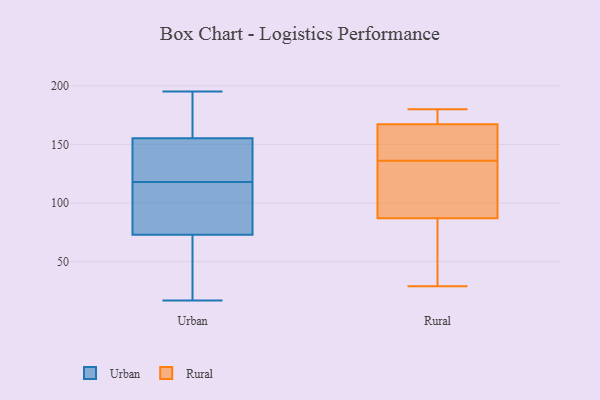
{"axis": {"x": "Net Income (USD K)", "y": "Value"}, "legend": ["Rural", "Urban"], "data": [{"x": "", "y": 136, "type": "Urban"}, {"x": "", "y": 153, "type": "Urban"}, {"x": "", "y": 17, "type": "Urban"}, {"x": "", "y": 96, "type": "Urban"}, {"x": "", "y": 91, "type": "Urban"}, {"x": "", "y": 62, "type": "Urban"}, {"x": "", "y": 71, "type": "Urban"}, {"x": "", "y": 79, "type": "Urban"}, {"x": "", "y": 167, "type": "Urban"}, {"x": "", "y": 117, "type": "Urban"}, {"x": "", "y": 58, "type": "Urban"}, {"x": "", "y": 195, "type": "Urban"}, {"x": "", "y": 152, "type": "Urban"}, {"x": "", "y": 26, "type": "Urban"}, {"x": "", "y": 156, "type": "Urban"}, {"x": "", "y": 169, "type": "Urban"}, {"x": "", "y": 139, "type": "Urban"}, {"x": "", "y": 190, "type": "Urban"}, {"x": "", "y": 118, "type": "Urban"}, {"x": "", "y": 76, "type": "Rural"}, {"x": "", "y": 127, "type": "Rural"}, {"x": "", "y": 67, "type": "Rural"}, {"x": "", "y": 120, "type": "Rural"}, {"x": "", "y": 137, "type": "Rural"}, {"x": "", "y": 169, "type": "Rural"}, {"x": "", "y": 162, "type": "Rural"}, {"x": "", "y": 175, "type": "Rural"}, {"x": "", "y": 180, "type": "Rural"}, {"x": "", "y": 29, "type": "Rural"}, {"x": "", "y": 136, "type": "Rural"}]}